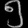
Digit: ၅